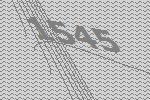
1545